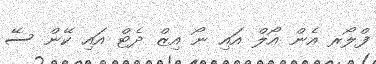
ފްލޯރ އެން އޯލް އައި ނޯ އިޒް ދެޓް އައި ކޭން ސޭ